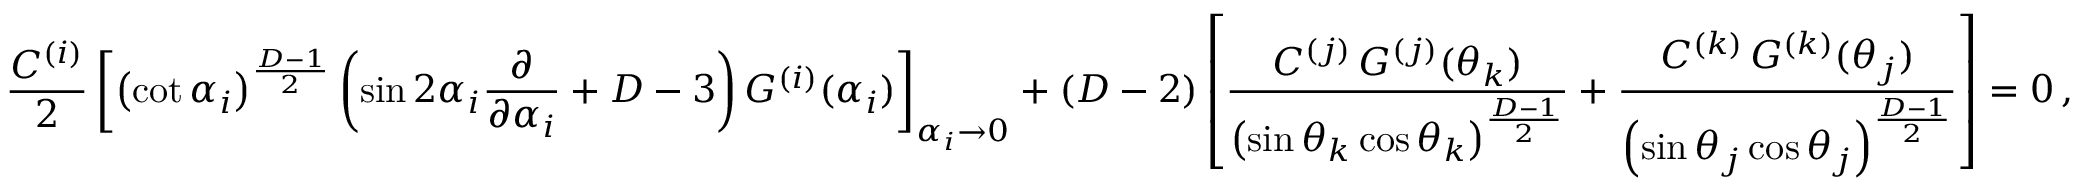
\frac { C ^ { ( i ) } } { 2 } \left[ \left( \cot \alpha _ { i } \right) ^ { \frac { D - 1 } { 2 } } \left( \sin 2 \alpha _ { i } \frac { \partial } { \partial \alpha _ { i } } + D - 3 \right) G ^ { ( i ) } ( \alpha _ { i } ) \right] _ { \alpha _ { i } \rightarrow 0 } + ( D - 2 ) \left[ \frac { C ^ { ( j ) } \, G ^ { ( j ) } ( \theta _ { k } ) } { \left( \sin \theta _ { k } \cos \theta _ { k } \right) ^ { \frac { D - 1 } { 2 } } } + \frac { C ^ { ( k ) } \, G ^ { ( k ) } ( \theta _ { j } ) } { \left( \sin \theta _ { j } \cos \theta _ { j } \right) ^ { \frac { D - 1 } { 2 } } } \right] = 0 \, ,